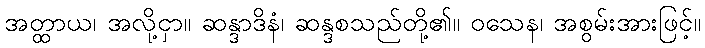
အတ္ထာယ၊ အလို့ငှာ။ ဆန္ဒာဒိနံ၊ ဆန္ဒစသည်တို့၏။ ဝသေန၊ အစွမ်းအားဖြင့်။